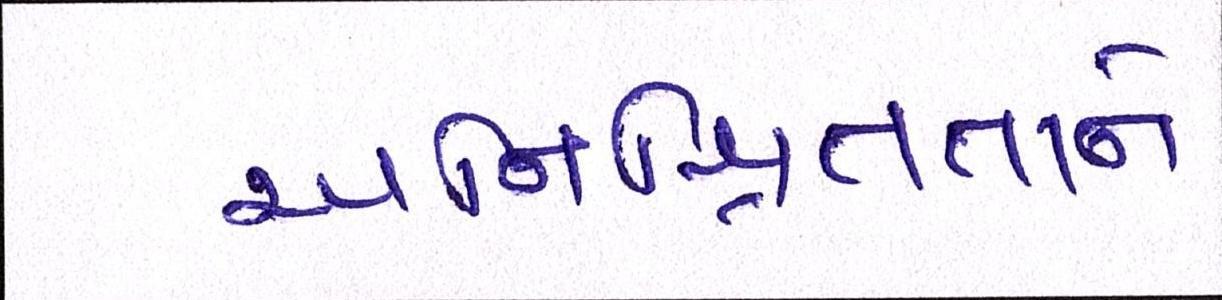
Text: અનિશ્ચિતતાને